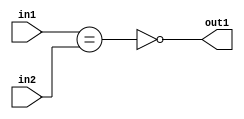
`timescale 1ps / 1ps
/*****************************************************************************
    Verilog RTL Description
    
    
    Created by: Stratus DpOpt 2019.1.01 
*******************************************************************************/

module st_feature_addr_gen_NotEQ_16Ux1U_1U_4_0 (
	in2,
	in1,
	out1
	); /* architecture "behavioural" */ 
input [15:0] in2;
input  in1;
output  out1;
wire  asc001,
	asc002;

assign asc002 = (in1==in2);

assign asc001 = 
	((~asc002));

assign out1 = asc001;
endmodule

/* CADENCE  ubTySgA= : u9/ySgnWtBlWxVPRXgAZ4Og= ** DO NOT EDIT THIS LINE ******/